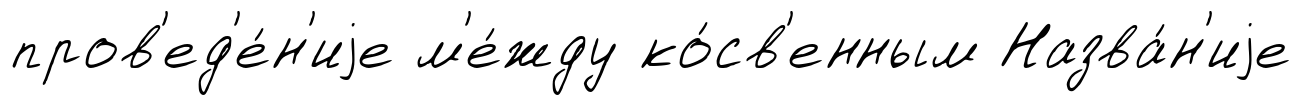
пров'ед'е́н'иjе м'е́жду ко́св'енным Назва́н'иjе